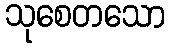
သုစေတသော